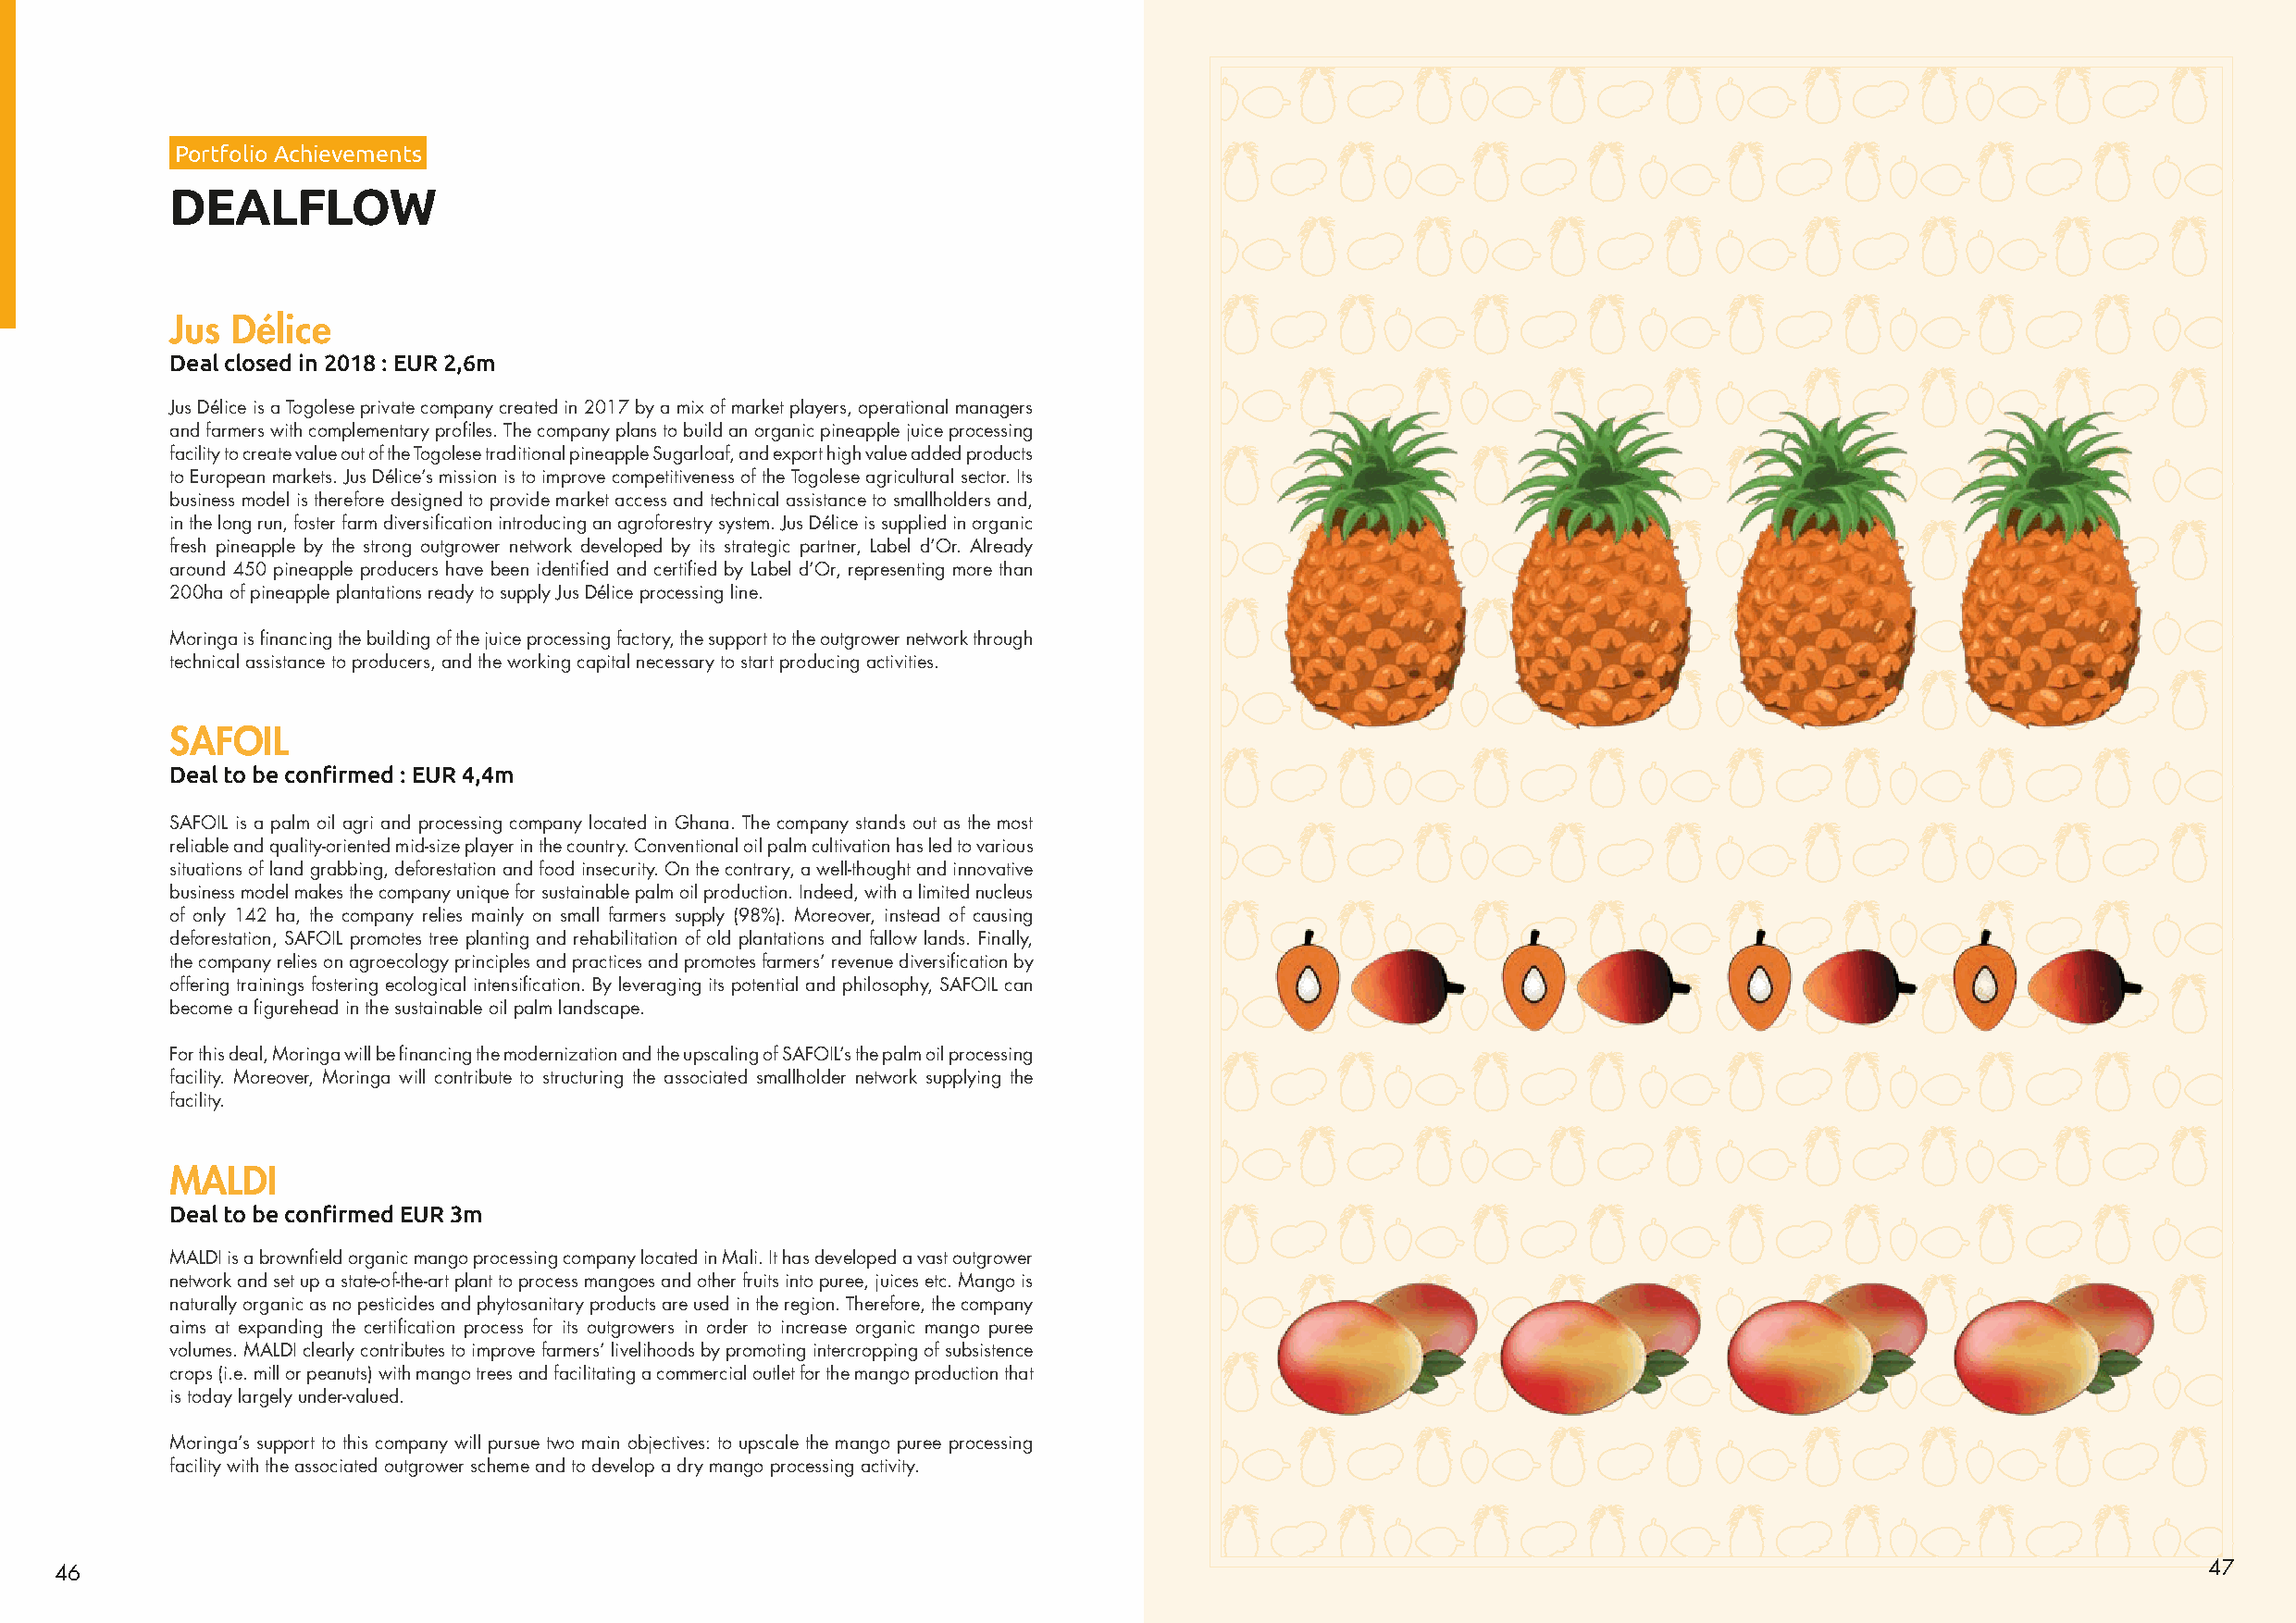
Portfolio Achievements
 DEALFLOW
 Jus  Délice
 Deal closed in 2018 : EUR 2,6m
 Jus Délice is a Togolese private company created in 2017 by a mix of market players, operational managers
 and farmers with complementary profiles. The company plans to build an organic pineapple juice processing
 facility to create value out of the Togolese traditional pineapple Sugarloaf, and export high value added products
 to European markets. Jus Délice’s mission is to improve competitiveness of the Togolese agricultural sector. Its
 business model is therefore designed to provide market access and technical assistance to smallholders and,
 in the long run, foster farm diversification introducing an agroforestry system. Jus Délice is supplied in organic
 fresh pineapple by the strong outgrower network developed by its strategic partner, Label d’Or. Already
 around 450 pineapple producers have been identified and certified by Label d’Or, representing more than
 200ha of pineapple plantations ready to supply Jus Délice processing line.
 Moringa is financing the building of the juice processing factory, the support to the outgrower network through
 technical assistance to producers, and the working capital necessary to start producing activities.
 SAFOIL
 Deal to be confirmed : EUR 4,4m
 SAFOIL is a palm oil agri and processing company located in Ghana. The company stands out as the most
 reliable and quality-oriented mid-size player in the country. Conventional oil palm cultivation has led to various
 situations of land grabbing, deforestation and food insecurity. On the contrary, a well-thought and innovative
 business model makes the company unique for sustainable palm oil production. Indeed, with a limited nucleus
 of only 142 ha, the company relies mainly on small farmers supply (98%). Moreover, instead of causing
 deforestation, SAFOIL promotes tree planting and rehabilitation of old plantations and fallow lands. Finally,
 the company relies on agroecology principles and practices and promotes farmers’ revenue diversification by
 offering trainings fostering ecological intensification. By leveraging its potential and philosophy, SAFOIL can
 become a figurehead in the sustainable oil palm landscape.
 For this deal, Moringa will be financing the modernization and the upscaling of SAFOIL’s the palm oil processing
 facility. Moreover, Moringa will contribute to structuring the associated smallholder network supplying the
 facility.
 MALDI
 Deal to be confirmed EUR 3m
 MALDI is a brownfield organic mango processing company located in Mali. It has developed a vast outgrower
 network and set up a state-of-the-art plant to process mangoes and other fruits into puree, juices etc. Mango is
 naturally organic as no pesticides and phytosanitary products are used in the region. Therefore, the company
 aims at expanding the certification process for its outgrowers in order to increase organic mango puree
 volumes. MALDI clearly contributes to improve farmers’ livelihoods by promoting intercropping of subsistence
 crops (i.e. mill or peanuts) with mango trees and facilitating a commercial outlet for the mango production that
 is today largely under-valued.
 Moringa’s support to this company will pursue two main objectives: to upscale the mango puree processing
 facility with the associated outgrower scheme and to develop a dry mango processing activity.
 46                                                                                                                                                        47